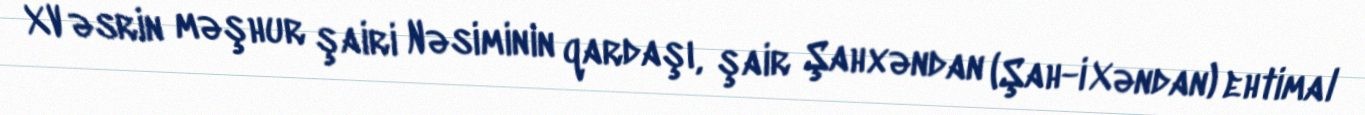
XV əsrin məşhur şairi Nəsiminin qardaşı, şair Şahxəndan (Şah-i Xəndan) ehtimal